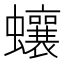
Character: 蠰